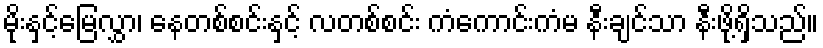
မိုးနှင့်မြေလွှာ၊ နေတစ်စင်းနှင့် လတစ်စင်း ကံကောင်းကံမ နီးချင်သာ နီးဖို့ရှိသည်။